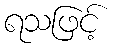
ရသဖြင့်